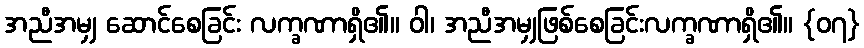
အညီအမျှ ဆောင်စေခြင်း လက္ခဏာရှိ၏။ ဝါ၊ အညီအမျှဖြစ်စေခြင်းလက္ခဏာရှိ၏။ {၀၇}